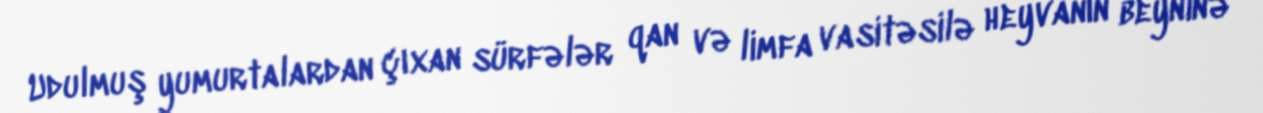
Udulmuş yumurtalardan çıxan sürfələr qan və limfa vasitəsilə heyvanın beyninə